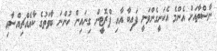
ނާސްތާއަށް އެންމެ އެކަށީގެންވަނީ ފައިބާ އާއި ޕްރޮޓީން ގިނައިން ހުންނަ ބާވަތުގެ ކާއެއްޗިއްސާއި